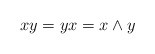
\begin{align*}xy=yx=x\wedge y\end{align*}